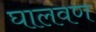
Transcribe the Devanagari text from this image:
घालवण